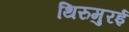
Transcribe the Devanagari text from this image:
थिरुमुरई